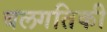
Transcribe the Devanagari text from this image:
बलगतिकी